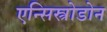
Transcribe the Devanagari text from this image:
एन्सिस्त्रोडोन